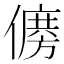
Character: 𠏛